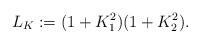
LaTeX: \begin{align*}L_K:=(1+ K_1^2)(1+ K^2_2).\end{align*}